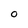
Character: 0